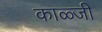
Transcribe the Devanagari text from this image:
काळ्जी